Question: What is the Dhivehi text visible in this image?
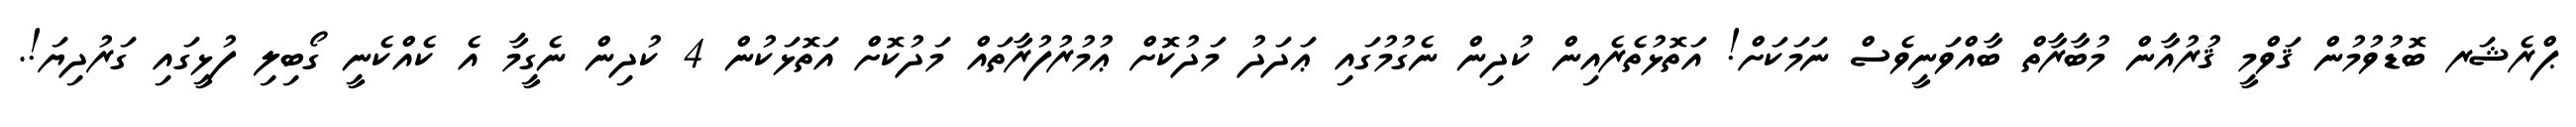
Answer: ޕްރެޝަރ ބޮޑުވުމުން ޤަވްމީ ޤުރުއާން މުބާރާތް ބާއްވަނީވެސް ނަމަކަށް! އަތޮޅުތެރެއިން ކުދިން ނެގުމުގައި ޢަދަދު މަދުކޮށް ޢުމުރުފުރާތައް މަދުކޮށް އަތޮޅަކުން 4 ކުދިން ނެގީމާ އެ ކެއްކެނީ ގޯބިލި ފުޅީގައި ގަރުދިޔަ!.